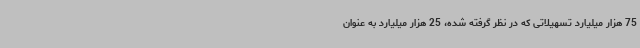
75 هزار میلیارد تسهیلاتی که در نظر گرفته شده، 25 هزار میلیارد به عنوان